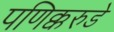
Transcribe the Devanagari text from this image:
पणिक्करुडे